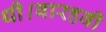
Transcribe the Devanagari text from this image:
थी।बारहवी